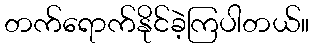
တက်ရောက်နိုင်ခဲ့ကြပါတယ်။